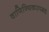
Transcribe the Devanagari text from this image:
वाणिज्यिकउपग्रह